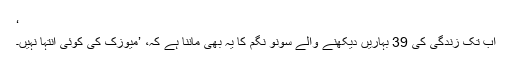
‘
اب تک زندگی کی 39 بہاریں دیکھنے والے سونو نگم کا یہ بھی ماننا ہے کہ، ’میوزک کی کوئی انتہا نہیں۔